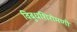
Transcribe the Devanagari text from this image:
विबुधशिरोमणी